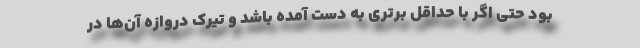
بود حتی اگر با حداقل برتری به دست آمده باشد و تیرک دروازه آن‌ها در